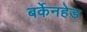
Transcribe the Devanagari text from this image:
बर्केनहेड